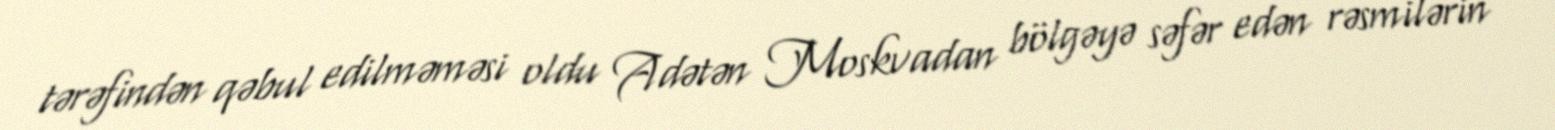
tərəfindən qəbul edilməməsi oldu Adətən Moskvadan bölgəyə səfər edən rəsmilərin